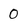
Character: 0